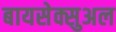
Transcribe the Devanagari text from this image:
बायसेक्सुअल